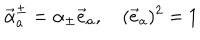
LaTeX: \vec { \alpha } _ { a } ^ { \pm } = \alpha _ { \pm } \vec { e } _ { a } , \quad ( \vec { e } _ { a } ) ^ { 2 } = 1